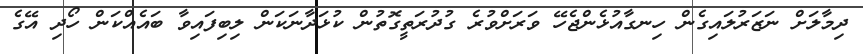
ދިމާލަށް ނަޒަރުލައިގެން ހިނގާއުޅެންޖެހޭ ވަރަށްވުރެ ގުދުރަތީގޮތުން ކުޅަދާނަކަން ލިބިފައިވާ ބައެއްކަން ހޯދި އޭގެ